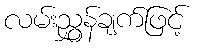
လမ်းညွှန်ချက်ဖြင့်